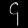
Digit: ၄